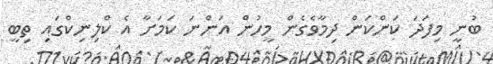
ބުނީ މިފަދަ ކަންކަން ދިމާވެގެން މީހުން އަންނަ ކަމަށާ އެ ކްލިނިކްގައި ތިބީ